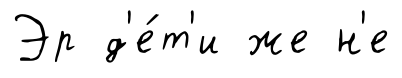
Эр д'е́т'и же н'е